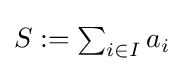
\textstyle S:=\sum _{i\in I}a_{i}